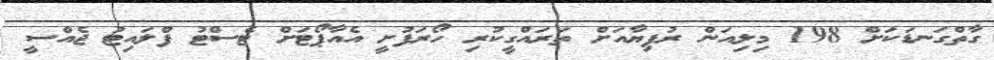
ގާތްގަނޑަކަށް 198 މިލިއަން ރުފިޔާއަށް ތަރައްގީކުރި ހޯރަފުށީ އެއާޕޯޓަށް ޓެސްޓު ފްލައިޓު ޖެއްސީ